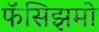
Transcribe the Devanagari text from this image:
फॅसिझमो